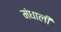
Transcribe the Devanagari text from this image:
मंधाली